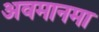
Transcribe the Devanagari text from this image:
अवमानमा